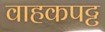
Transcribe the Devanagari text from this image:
वाहकपट्ट